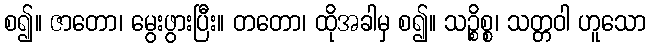
စ၍။ ဇာတော၊ မွေးဖွားပြီး။ တတော၊ ထိုအခါမှ စ၍။ သဉ္စိစ္စ၊ သတ္တဝါ ဟူသော